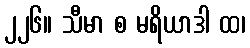
၂၂၆။ သီမာ စ မရိယာဒါ ထ၊